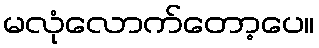
မလုံလောက်တော့ပေ။